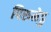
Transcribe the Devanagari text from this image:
पिरुमेडु